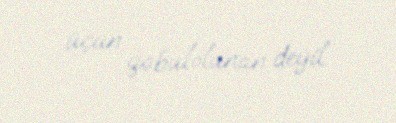
üçün qəbulolunan deyil.